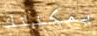
يمكننك